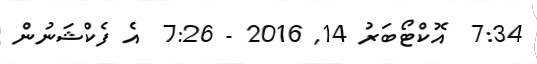
7:34  އޮކްޓޯބަރު 14